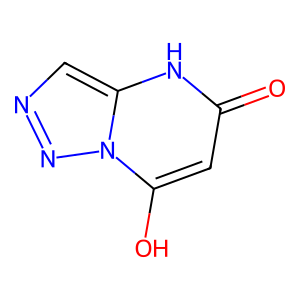
SMILES: O=c1cc(O)n2nncc2[nH]1
Inhibits HIV replication: No